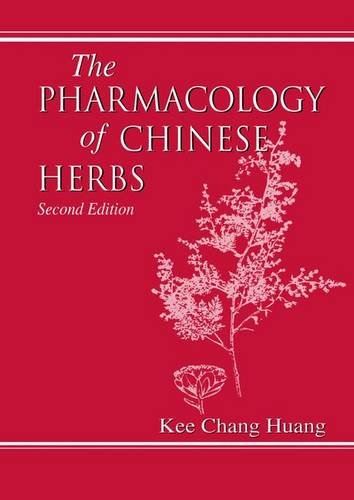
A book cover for The Pharmacology of Chinese Herbs, Second Edition; Kee C. Huang; Medical Books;